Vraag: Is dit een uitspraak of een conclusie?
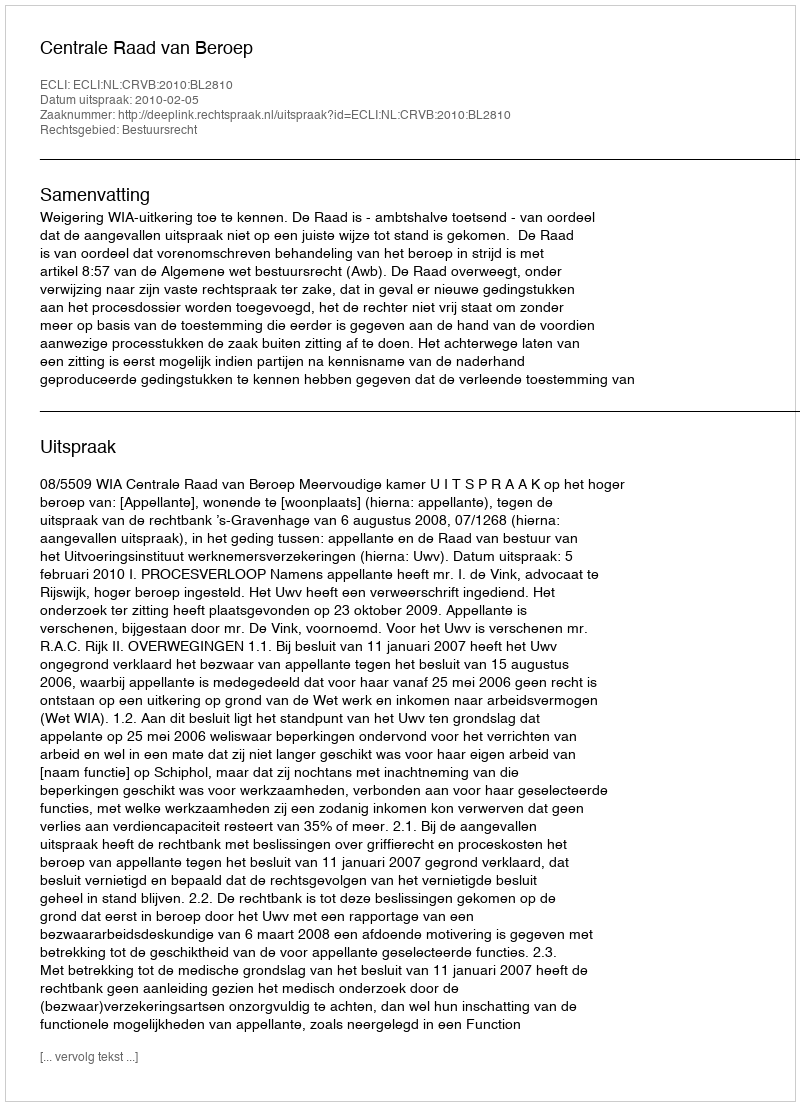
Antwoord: Uitspraak